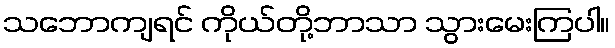
သဘောကျရင် ကိုယ်တို့ဘာသာ သွားမေးကြပါ။